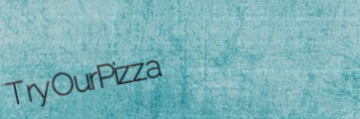
TryOurPizza